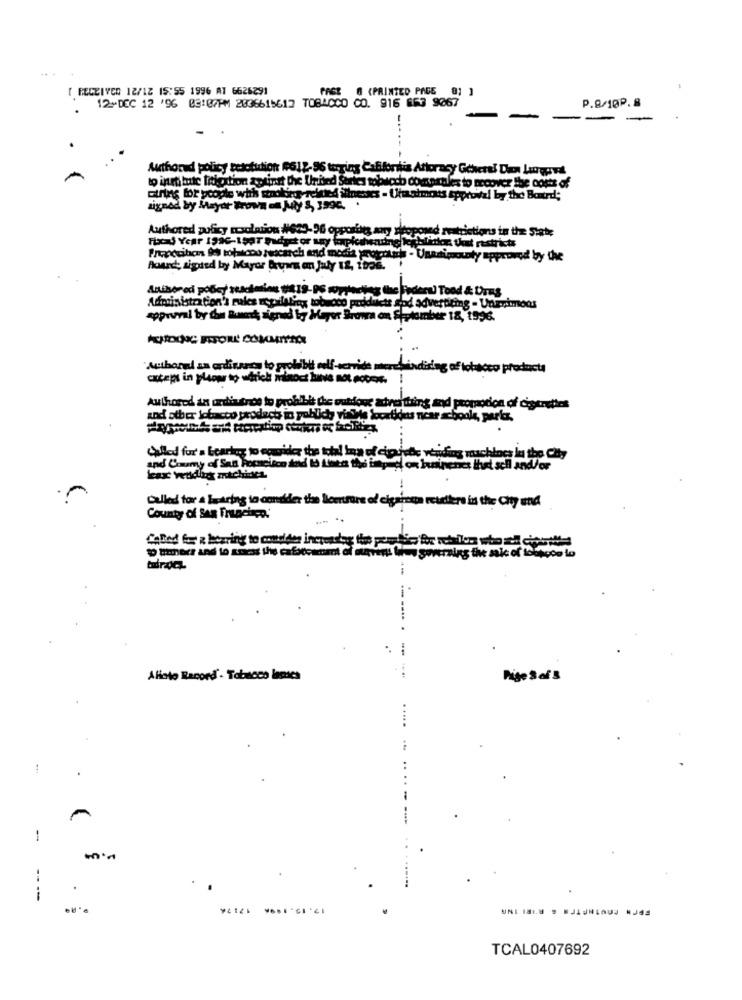
[ RECEIVER 12/12 15:55 1996 AY 6626291
PAGE 6 (PRINTED PAGE 9; ]
12-DEC 12 '96 03:07PM 2036615617 TOBACCO C. 916 653 9067
P.8/10P.8
Authored policy sesolution #612-96 turging Cafifordis Attoracy Gohere! Dann Largervi
to institute tricstion aptinst the United Series tobucch comprales to recover the costs of
string for people whh sokinur -related illnesses - thanimons sporwel by the Board;
signed by Mayor Brown on My S, 1996.
topored restrictions to the State
Proposition 9% botwrou rescarch and modes propetits - Unanimously approved by the
Pound; Rispsed by Mayor Bruins on July 18, 1996. 1
Anibored policy suscimien #819-96 woppacking the Federu) Tood & Ures
Administration's rules regalaling tobacco products god advertiting - Unimimmoos
apprwral by the luxe signed by Maper Browa on September 18, 1996.
Authoral za ordisseca to prolilbit self-serride meresindising of tobacco products
cxcept in plaopr to udrich minoct binve mot moDet.
Authored an ordiutros to prohibit the wuhloue adorei thing and promotion of cigarettes
and other jofacto prodach in poblidt visits locaties ncar schools, parkr.
Called for a bearleg to egmikder the total Ina of cipaisthe vending machines lu the City
and Coumy of San horscisco and Id feed the image on Ininenes thet sch and/or
kax widing michises.
Called for a laaring to consider the lemfre of cigaretta routiers in the Chy und
County of San Francisco.'
--
Alinto Record' - Tobacco lasses
Pige S of 5
1
--
FPIN COUTHETER & R'IRI INA
TCAL0407692